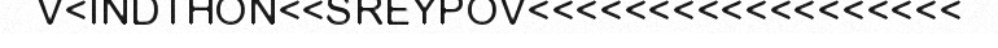
V<INDTHON<<SREYPOV<<<<<<<<<<<<<<<<<<